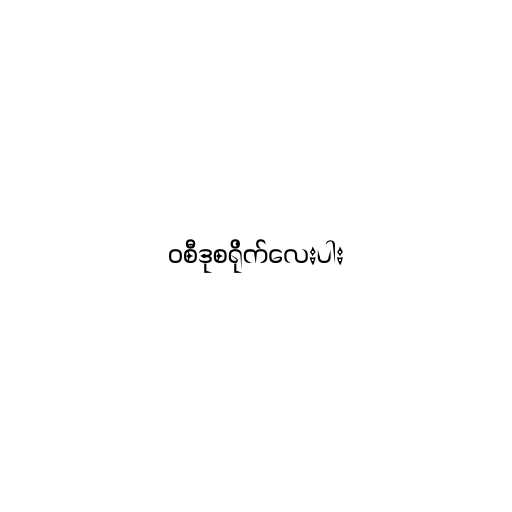
၀စီဒုစရိုက်လေးပါး